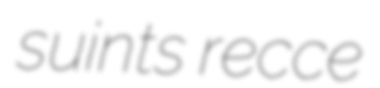
suints recce